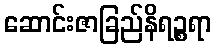
ဆောင်းဇာခြည်နိရဉ္စရာ